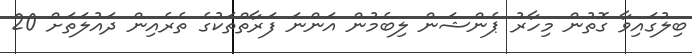
ބިލުގައިވާ ގޮތުން މިހާރު ޕެންޝަން ލިބެމުން އަންނަ ފަރާތްތަކުގެ ތެރެއިން ދައުލަތަށް 20